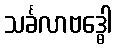
သင်္ခလာဗဒ္ဓေါ